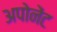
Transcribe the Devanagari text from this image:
अपोनेंट